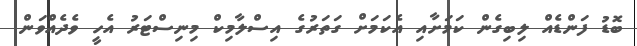
ބޮޑު ފަންޑެއް ލިބިގެން ކަމަށާއި އެކަމަށް ގަތަރުގެ އިސްލާމިކް މިނިސްޓަރު އެހީ ވެދެއްވަން